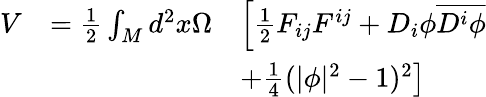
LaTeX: \begin{array}{lll}{{V}}&{{=\frac{1}{2}\int_{M}d^{2}x\Omega}}&{{\left[\frac{1}{2}F_{ij}F^{ij}+D_{i}\phi\overline{{{D^{i}\phi}}}\right.}}\\ {{}}&{{}}&{{\left.+\frac{1}{4}(|\phi|^{2}-1)^{2}\right]}}\end{array}